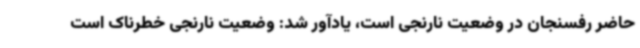
حاضر رفسنجان در وضعیت نارنجی است، یادآور شد: وضعیت نارنجی خطرناک است